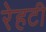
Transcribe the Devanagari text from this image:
रेहटी